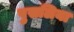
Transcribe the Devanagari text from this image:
पुसलिया